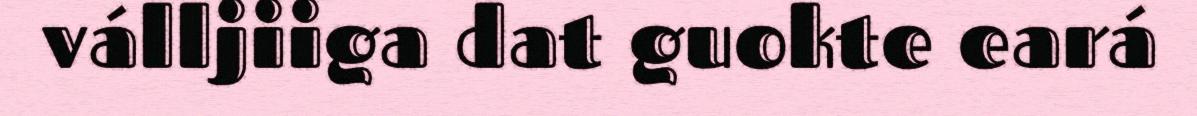
válljiiga dat guokte eará